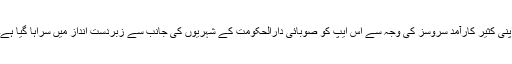
اپنی کثیر کارآمد سروسز کی وجہ سے اس ایپ کو صوبائی دارالحکومت کے شہریوں کی جانب سے زبردست انداز میں سراہا گیا ہے۔